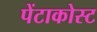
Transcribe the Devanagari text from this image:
पेंटाकोस्ट